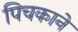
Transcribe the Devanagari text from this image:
पिचकाने